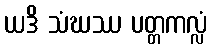
ယဒိ သံဃဿ ပတ္တကလ္လံ